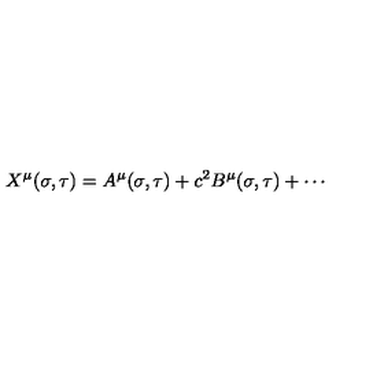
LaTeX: X ^ { \mu } ( { \sigma } , { \tau } ) = A ^ { \mu } ( { \sigma } , { \tau } ) + c ^ { 2 } B ^ { \mu } ( { \sigma } , { \tau } ) + \cdots